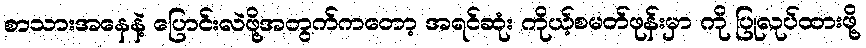
စာသားအနေနဲ့ ပြောင်းလဲဖို့အတွက်ကတော့ အရင်ဆုံး ကိုယ့်စမတ်ဖုန်းမှာ ကို ပြုလုပ်ထားဖို့